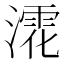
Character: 𣾳